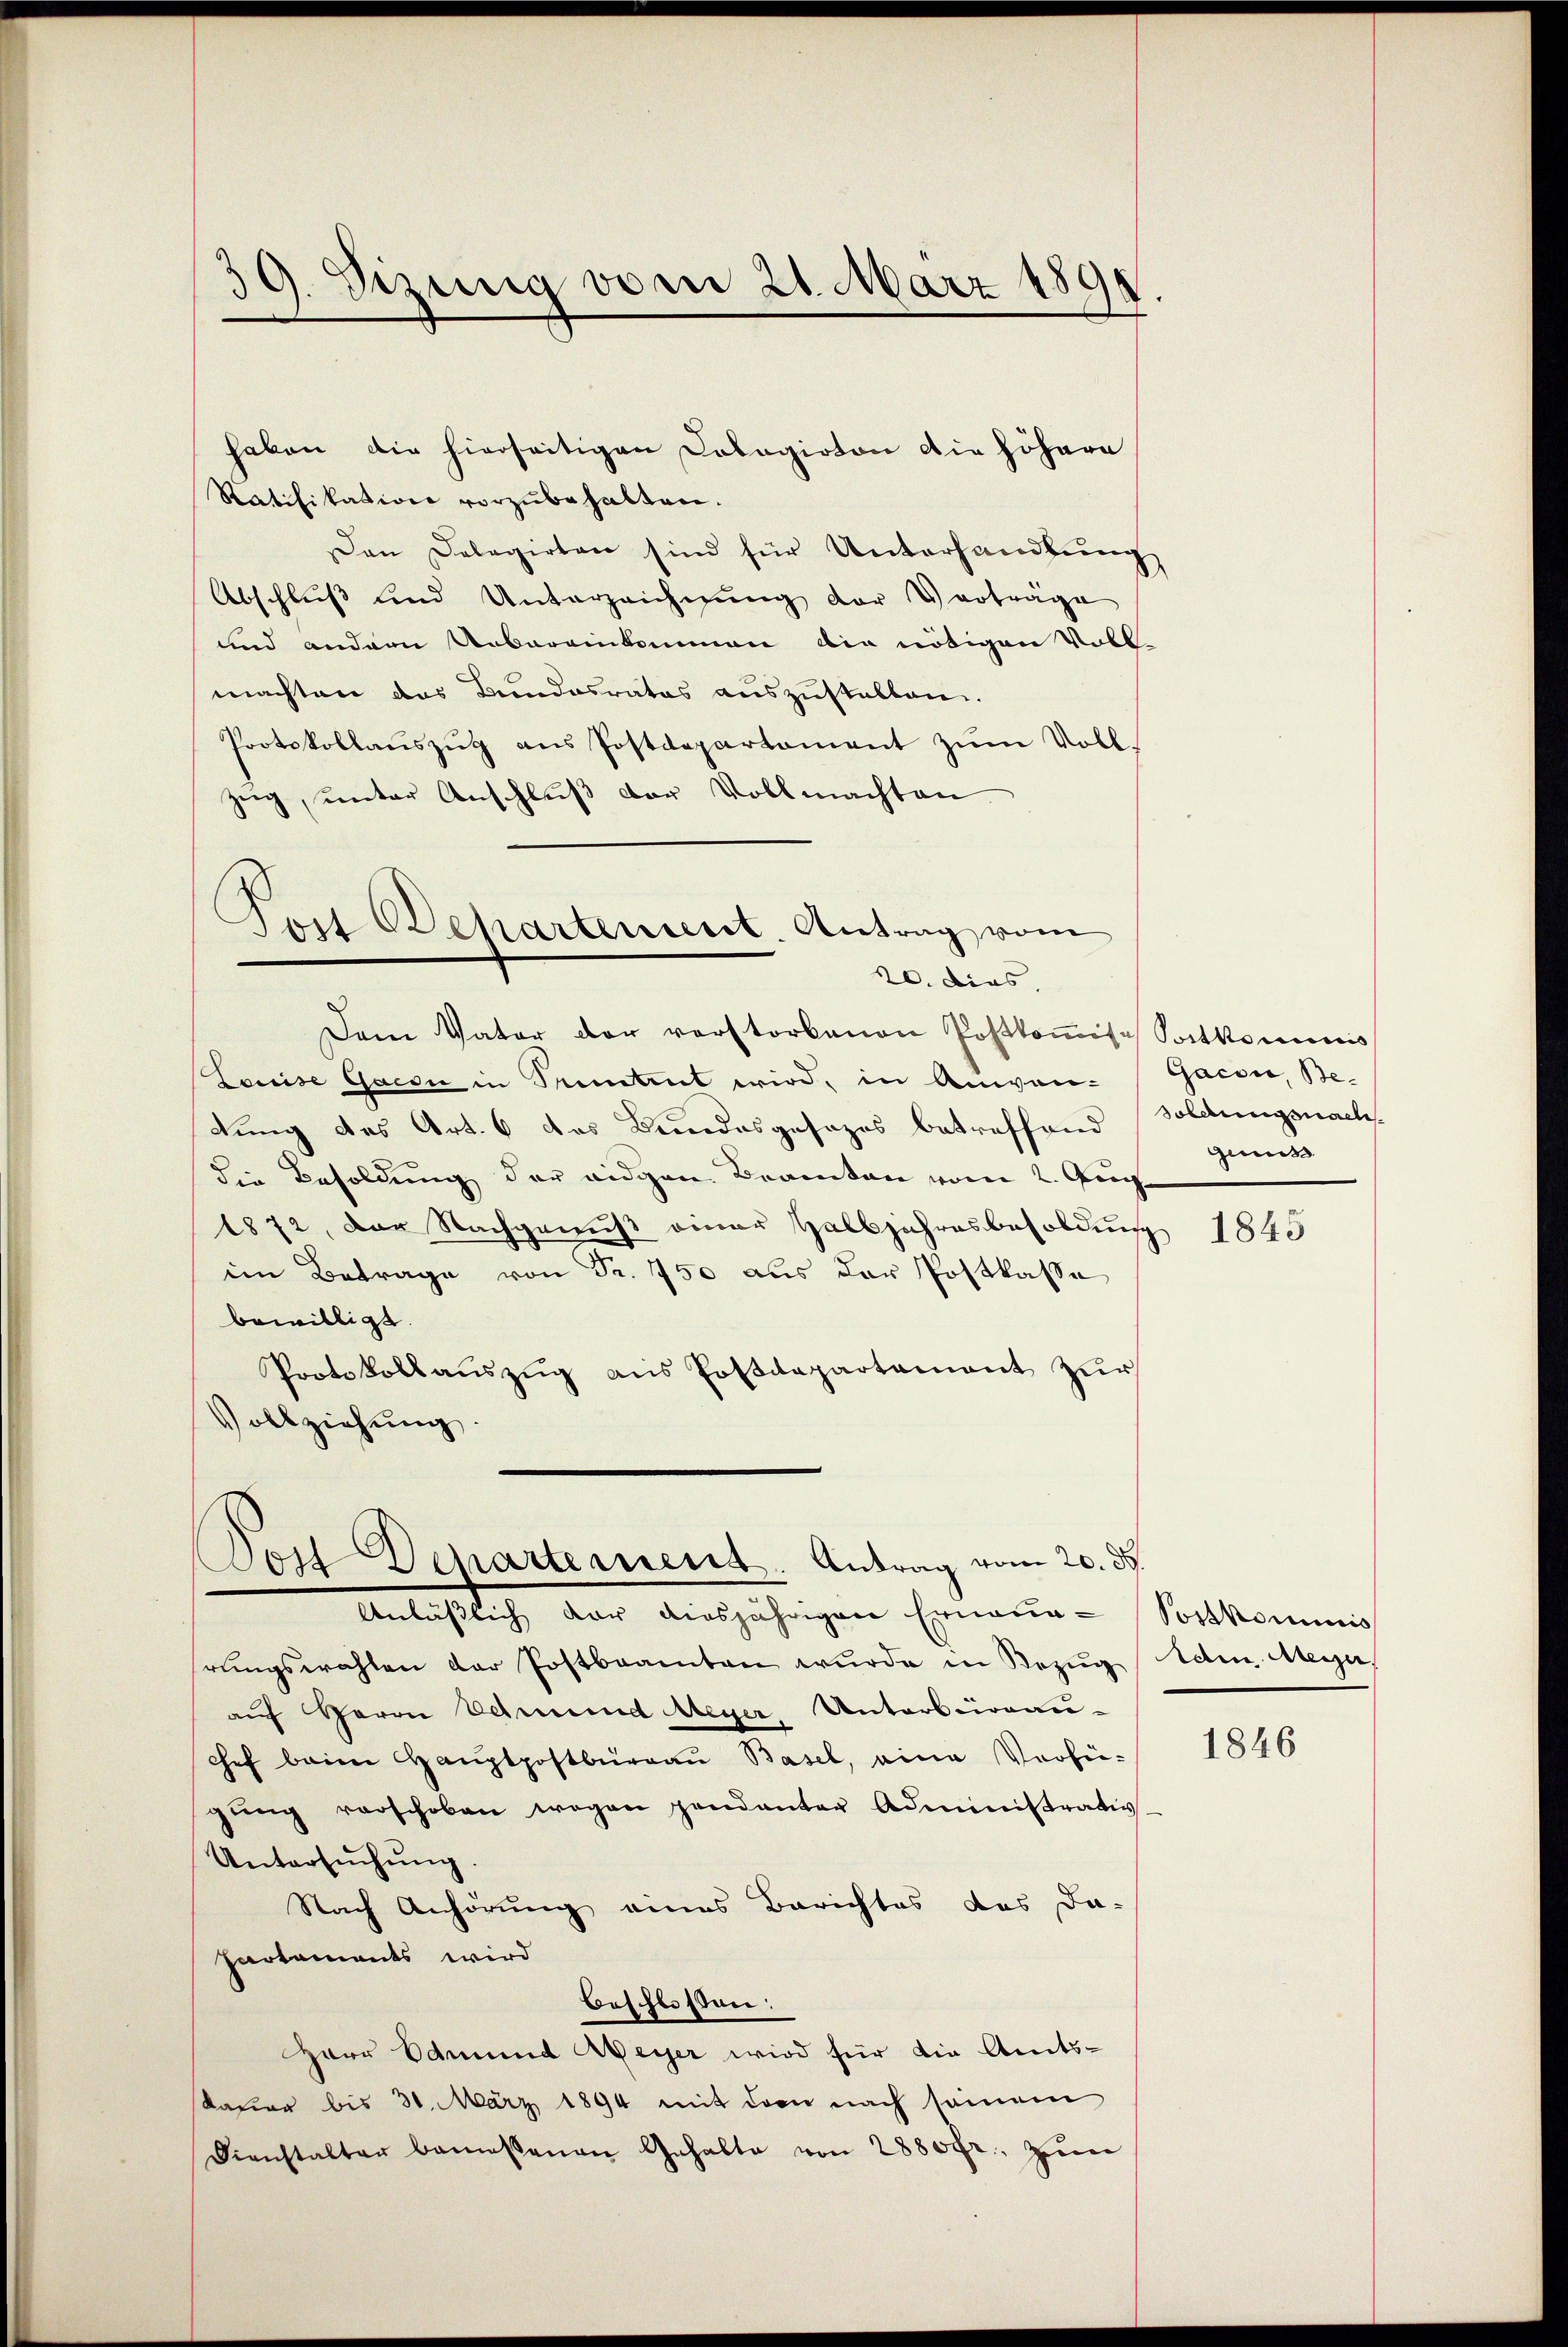
39. Sizung vom 21. März 1890

haben die hierseitigen Colagirten die höhern
Ratifikation vorzŭbehalten.
Dan Delegirten sind für Unterhandlung
Abschluß und Unterzeichnŭng der Verträge
und andern Uebereinkommen die nötigen Voll-
machten das Bundesrates auszustellen.
Protokollaŭszŭg aŭs Postdepartament zŭm Voll-
zeig, unter Anschluß der Vollmachten

Post Beharterient. Antrag vom
20. dies

Dem Vater der verstorbenen Postkomisch Sortkommis
Louise Gacdi in Nament wird, in Anwen-
dung des Art. 6 des Bundesgesezes betreffend
die Besoldung der eidgen Beamten vom 2. Aug
1872, der Nachgenuß einer Halbjahresbesoldung
iin Betrage von Fr. 750 aus der Postkasse
bewilligt.
Protokoll aŭszŭg aŭs Postdepartement zŭr
Vollziehŭng.

Post Departement. Antrag vom 20. ds.
Anläßlich der diesjährigen Erneue¬

Gacon, Besoldungsnach
gius

rŭngswahlen der Postbeamten wŭrde in Bezŭg Adm. Meyer,
auf Herrn Schmund Meyer, Unterbureau-
chef beim Haŭptpostbüraŭ Basel, eine Verfü-
gŭng vorschoben wegen pendanter Administrativ-
Untersŭchŭng
Nach Anhörung eines Berichtes das da-
partaments wird
beschlossen:
Herr Edmund Meyer wird für die Amtskauer bis 30. März 1894 mit dem nach seinem
Dienstalter bemessenen Gehalte von 2880fr. zŭm

5

1843

Postkominis

1846